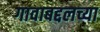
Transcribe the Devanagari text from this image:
गावाबद्दलच्या